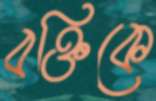
বক্তিকে